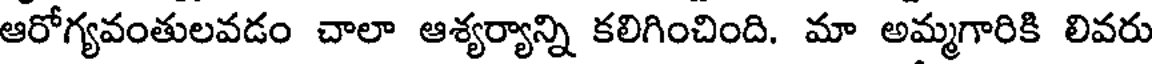
ఆరోగ్యవంతులవడం చాలా ఆశ్యర్యాన్ని కలిగించింది. మా అమ్మగారికి లివరు